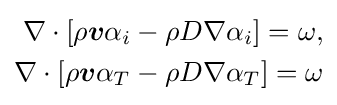
{\begin{aligned}\nabla \cdot [\rho {\boldsymbol {v}}\alpha _{i}-\rho D\nabla \alpha _{i}]=\omega ,\\\nabla \cdot [\rho {\boldsymbol {v}}\alpha _{T}-\rho D\nabla \alpha _{T}]=\omega \end{aligned}}